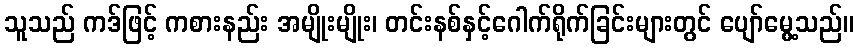
သူသည် ကဒ်ဖြင့် ကစားနည်း အမျိုးမျိုး၊ တင်းနစ်နှင့်ဂေါက်ရိုက်ခြင်းများတွင် ပျော်မွေ့သည်။